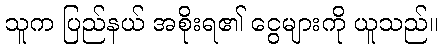
သူက ပြည်နယ် အစိုးရ၏ ငွေများကို ယူသည်။